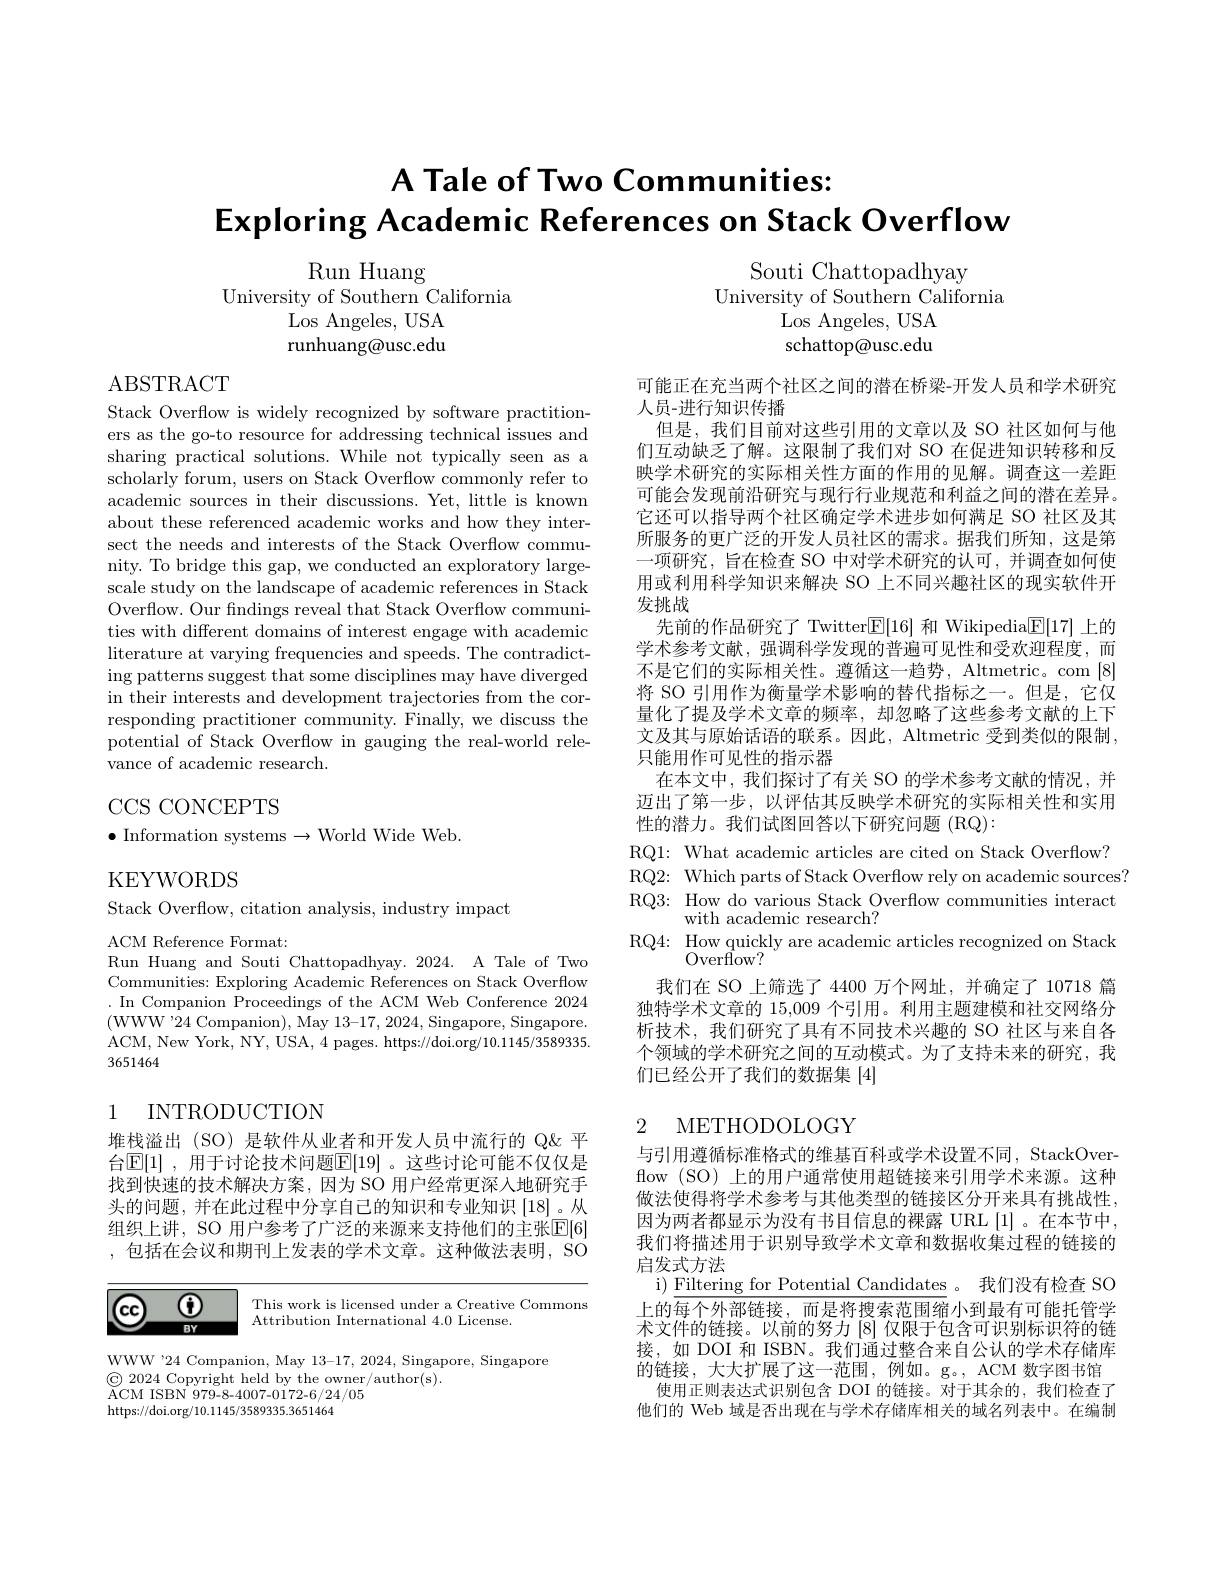
A Tale of Two Communities:
Exploring Academic References on Stack Overflow

Run Huang

Souti Chattopadhyay
University of Southern California
Los Angeles, USA schattop@usc.edu

University of Southern California
Los Angeles, USA runhuang@usc.edu

ABSTRACT

Stack Overflow is widely recognized by software practitioners as the go-to resource for addressing technical issues and sharing practical solutions. While not typically seen as a scholarly forum, users on Stack Overflow commonly refer to academic sources in their discussions. Yet, little is known about these referenced academic works and how they intersect the needs and interests of the Stack Overflow community. To bridge this gap, we conducted an exploratory largescale study on the landscape of academic references in Stack Overflow. Our findings reveal that Stack Overflow communities with different domains of interest engage with academic literature at varying frequencies and speeds. The contradicting patterns suggest that some disciplines may have diverged in their interests and development trajectories from the corresponding practitioner community. Finally, we discuss the potential of Stack Overflow in gauging the real-world relevance of academic research.

可能正在充当两个社区之间的潜在桥梁-开发人员和学术研究
人员-进行知识传播
但是，我们目前对这些引用的文章以及 SO 社区如何与他们互动缺乏了解。这限制了我们对 SO 在促进知识转移和反映学术研究的实际相关性方面的作用的见解。调查这一差距可能会发现前沿研究与现行行业规范和利益之间的潜在差异。它还可以指导两个社区确定学术进步如何满足 SO 社区及其所服务的更广泛的开发人员社区的需求。据我们所知，这是第一项研究，旨在检查 SO 中对学术研究的认可，并调查如何使用或利用科学知识来解决 SO 上不同兴趣社区的现实软件开发挑战
先前的作品研究了 Twitter$\boxed{\mathrm{E}}[16]$和 Wikipedia$\boxed{\mathrm{E}}[17]$上的学术参考文献，强调科学发现的普遍可见性和受欢迎程度，而不是它们的实际相关性。遵循这一趋势，Altmetric。com [8] 将 SO 引用作为衡量学术影响的替代指标之一。但是，它仅量化了提及学术文章的频率，却忽略了这些参考文献的上下文及其与原始话语的联系。因此，Altmetric 受到类似的限制， 只能用作可见性的指示器
在本文中，我们探讨了有关 SO 的学术参考文献的情况，并迈出了第一步，以评估其反映学术研究的实际相关性和实用性的潜力。我们试图回答以下研究问题(RQ):
RQ1: What academic articles are cited on Stack Overflow?
RQ2: Which parts of Stack Overflow rely on academic sources? RQ3: How do various Stack Overflow communities interact
with academic research?
RQ4: How quickly are academic articles recognized on Stack
Overflow?
我们在 SO 上筛选了 4400 万个网址，并确定了 10718 篇独特学术文章的 15,009 个引用。利用主题建模和社交网络分析技术，我们研究了具有不同技术兴趣的 SO 社区与来自各个领域的学术研究之间的互动模式。为了支持未来的研究，我们已经公开了我们的数据集[4]

## CCS CONCEPTS
$\bullet$ Information systems$\to$World Wide Web.

KEYWORDS

Stack Overflow, citation analysis, industry impact

ACM Reference Format:
Run Huang and Souti Chattopadhyay. 2024. A Tale of Two Communities: Exploring Academic References on Stack Overflow .In Companion Proceedings of the ACM Web Conference 2024 (WWW'24 Companion), May 13-17, 2024, Singapore, Singapore. ACM, New York, NY, USA, 4 pages. https://doi.org/10.1145/3589335. 3651464

1 INTRODUCTION

## 2 METHODOLOGY

堆栈溢出 (SO) 是软件从业者和开发人员中流行的 Q&平台$\mathbb{E}[1]$, 用于讨论技术问题$\mathbb{E}[19]$ 。这些讨论可能不仅仅是找到快速的技术解决方案，因为 SO 用户经常更深人地研究手头的问题，并在此过程中分享自己的知识和专业知识[18]。从组织上讲，SO 用户参考了广泛的来源来支持他们的主张$\overline{\mathrm{E}}[6]$ ,包括在会议和期刊上发表的学术文章。这种做法表明，SO

与引用遵循标准格式的维基百科或学术设置不同，StackOverflow (SO) 上的用户通常使用超链接来引用学术来源。这种做法使得将学术参考与其他类型的链接区分开来具有挑战性， 因为两者都显示为没有书目信息的裸露 URL[1]。在本节中， 我们将描述用于识别导致学术文章和数据收集过程的链接的启发式方法
i) Filtering for Potential Candidates 。我们没有检查 SO 上的每个外部链接，而是将搜索范围缩小到最有可能托管学术文件的链接。以前的努力[8]仅限于包含可识别标识符的链接，如 DOI 和 ISBN。我们通过整合来自公认的学术存储库的链接，大大扩展了这一范围，例如。g。, ACM 数字图书馆
使用正则表达式识别包含 DOI 的链接。对于其余的，我们检查了他们的 Web 域是否出现在与学术存储库相关的域名列表中。在编制

$\textcircled{6}$

$\mathbf{cc}$

This work is licensed under a Creative Commons
Attribution International 4.0 License.

$BY$

WWW'24 Companion, May 13-17, 2024, Singapore, Singapore
$\textcircled{\mathrm{C}}$ 2024 Copyright held by the owner/author(s).
$\breve{\mathrm{ACM~ISBN~979-8-4007-0172-6/24/05}}$
https://doi.org/10.1145/3589335.3651464